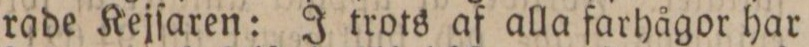
rade Kejſaren: J trots af alla farhågor har